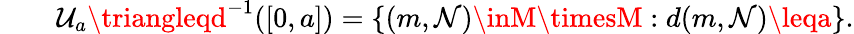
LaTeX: \qquad\mathcal{U}_{a}\triangleqd^{-1}([0,a])=\{ (m,\mathcal{N})\inM\timesM:d(m,\mathcal{N})\leqa\} .